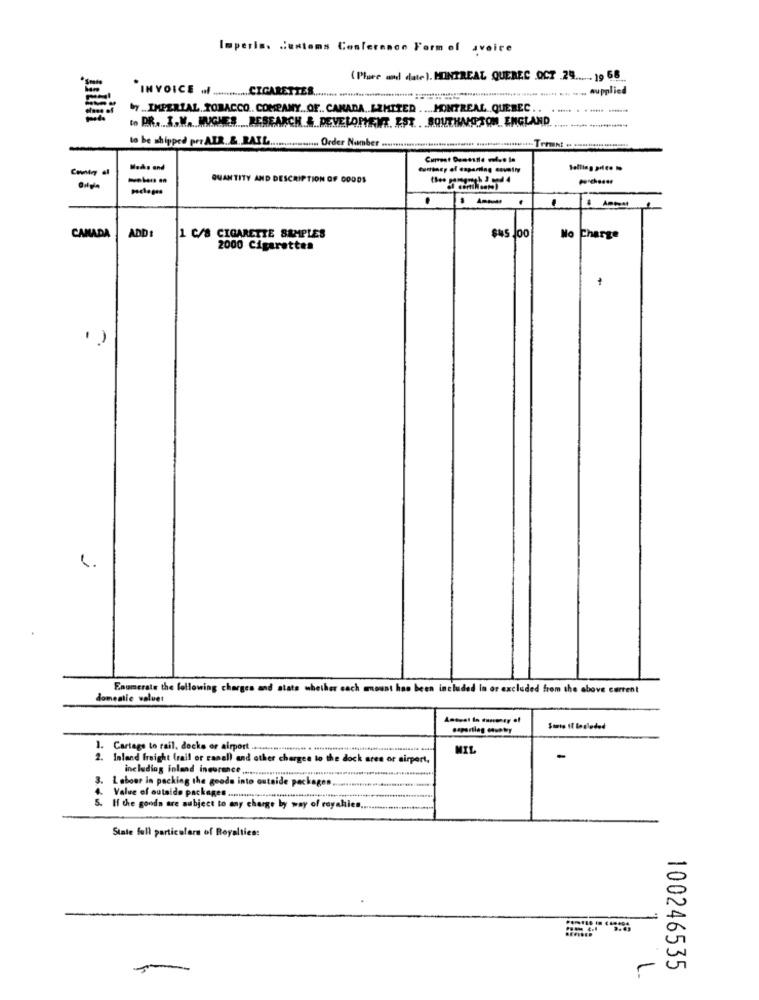
Imperis. Customs Conference Form of avoice
(Place and date ). MONTREAL, QUEBEC OCT 29 ...... )9 68
"INVOICE .. ............ CIGARETTES
..... supplied
.7 .. IMPERIAL TOBACCO. COMPANY .. OF .. CANADA. LIMITED .... MONTREAL, QUEBEC ..
---- -
to PR ... 3.W. HUGHES .... RESEARCH & DEVELOPMENT. EST. . . SOUTHAMPTON ENGLAND
to be shipped per AER & BAIL
Order Number .
Machs and
---
QUANTITY AND DESCRIPTION OF GOODS
.
CANADA
ADD:
1 C/8 CIGARETTE SAMPLES
Mo
Charge
2000 Cigarettes
Enumerate the following charges and state whether cach mount has been included In or excluded from the above current
domentie waluet
Santo Il losloded
1. Cartago to rail, docks or airport
MIL
2. Inland freight (rail or canell and other charges to the dock ares or airport,
-
including inland insurance,
. Labour in packing the goods into outside packages ...
4. Value of outside packages
5. If the goodn are subject to any charge by way of royalles .....
State full particulars of Royalties:
100246535